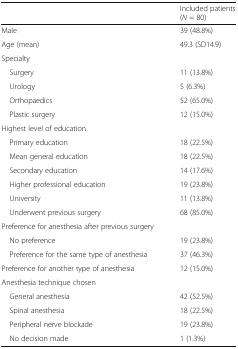
|  | Included patients (N = 80) |
 | --- | --- |
 | Male | 39 (48.8%) |
 | Age (mean) | 49.3 (SD14.9) |
 | <COLSPAN=2> Specialty |
 | Surgery | 11 (13.8%) |
 | Urology | 5 (6.3%) |
 | Orthopaedics | 52 (65.0%) |
 | Plastic surgery | 12 (15.0%) |
 | <COLSPAN=2> Highest level of education |
 | Primary education | 18 (22.5%) |
 | Mean general education | 18 (22.5%) |
 | Secondary education | 14 (17.6%) |
 | Higher professional education | 19 (23.8%) |
 | University | 11 (13.8%) |
 | Underwent previous surgery | 68 (85.0%) |
 | <COLSPAN=2> Preference for anesthesia after previous surgery |
 | No preference | 19 (23.8%) |
 | Preference for the same type of anesthesia | 37 (46.3%) |
 | Preference for another type of anesthesia | 12 (15.0%) |
 | <COLSPAN=2> Anesthesia technique chosen |
 | General anesthesia | 42 (52.5%) |
 | Spinal anesthesia | 18 (22.5%) |
 | Peripheral nerve blockade | 19 (23.8%) |
 | No decision made | 1 (1.3%) |